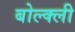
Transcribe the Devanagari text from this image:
बोल्क्ली